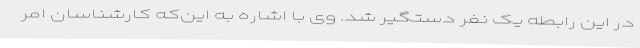
در این رابطه یک نفر دستگیر شد. وی با اشاره به این‌که کارشناسان امر